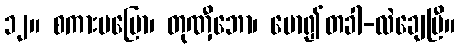
၁၂။ စကားမပြော၊ တုဏှီဘော၊ မော၍တခါ-လဲချေပြီ။